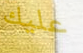
عليك